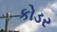
કોડર